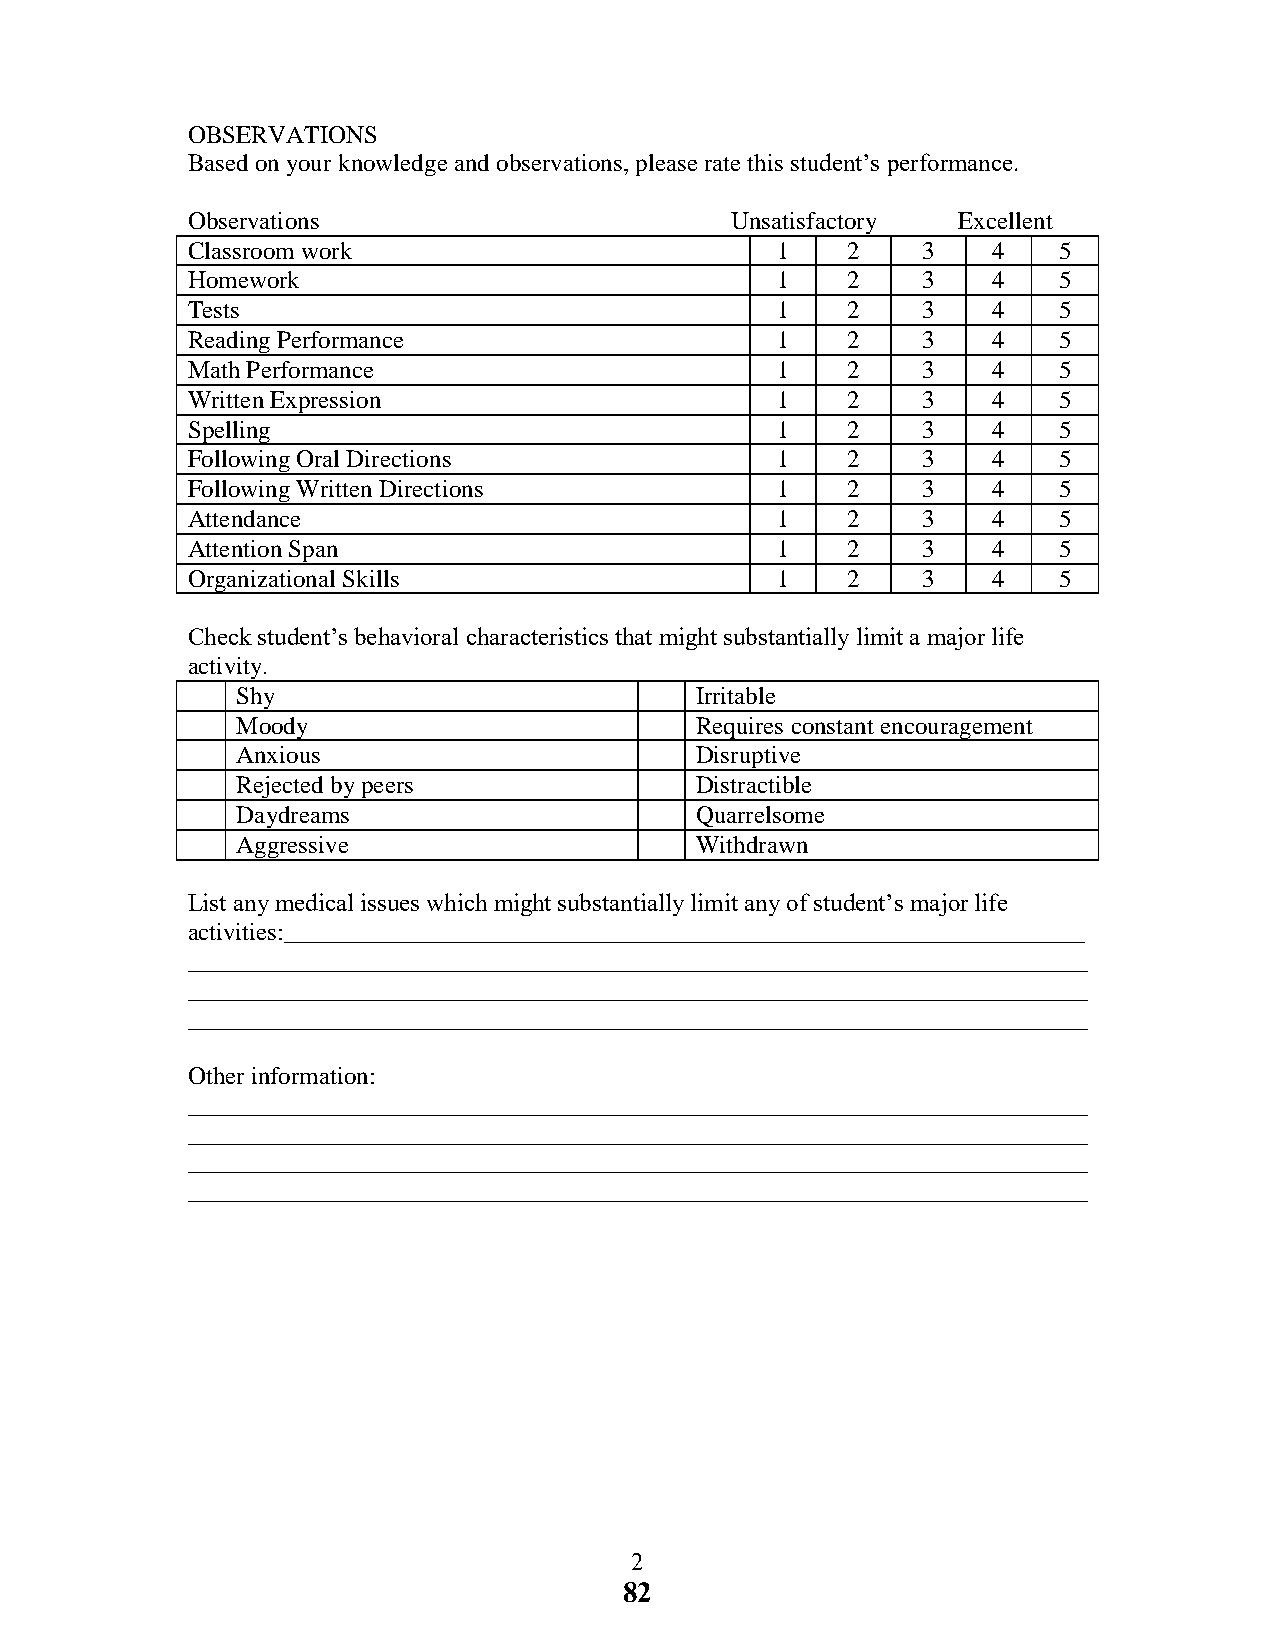
OBSERVATIONS
 Based on your knowledge and observations, please rate this student’s performance.
 Observations                        Unsatisfactory Excellent
 Classroom work                         1    2    3    4   5
 Homework                               1    2    3    4   5
 Tests                                  1    2    3    4   5
 Reading Performance                    1    2    3    4   5
 Math Performance                       1    2    3    4   5
 Written Expression                     1    2    3    4   5
 Spelling                               1    2    3    4   5
 Following Oral Directions              1    2    3    4   5
 Following Written Directions           1    2    3    4   5
 Attendance                             1    2    3    4   5
 Attention Span                         1    2    3    4   5
 Organizational Skills                  1    2    3    4   5
 Check student’s behavioral characteristics that might substantially limit a major life
 activity.
 Shy                           Irritable
 Moody                         Requires constant encouragement
 Anxious                       Disruptive
 Rejected by peers             Distractible
 Daydreams                     Quarrelsome
 Aggressive                    Withdrawn
 List any medical issues which might substantially limit any of student’s major life
 activities:________________________________________________________________
 ________________________________________________________________________
 ________________________________________________________________________
 ________________________________________________________________________
 Other information:
 ________________________________________________________________________
 ________________________________________________________________________
 ________________________________________________________________________
 ________________________________________________________________________
 2
 82